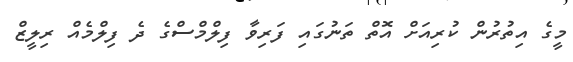
މީގެ އިތުރުން ކުރިއަށް އޮތް ތަނުގައި ފަރިވާ ފިލްމްސްގެ ދެ ފިލްމެއް ރިލީޒް